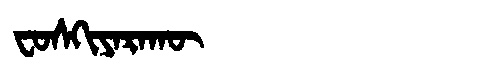
Manchu: ᠸᠣᠰᡴᡳᠶᠠᡵᠠᡴᡡ
Romanization: FOSKIYARAKŪ